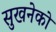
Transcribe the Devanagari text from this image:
सुखनेको